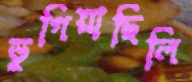
ভুগিয়াছিলি